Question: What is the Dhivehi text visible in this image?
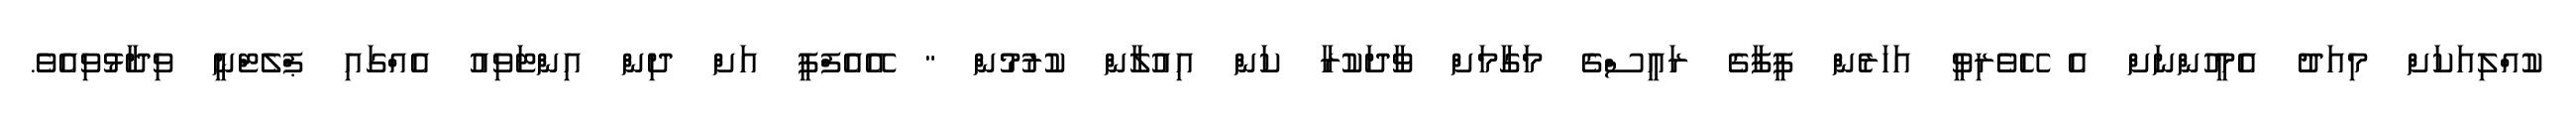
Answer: ކުއްލިއަކަށް މިއަދު އެމީހުންނަށް އެ ހޭވެރިވީ އަހަރެން ފީފާގެ ރައީސްގެ މަގާމަށް ވާދަކުރާ ކަން އިއުލާން ކުރުމުން " އޭއެފްޕީ އަށް ދިން އިންޓަވިއު އެއްގައި ޕްލެޓްނީ ވިދާޅުވިއެވެ.